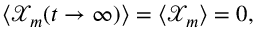
\left< \mathcal { X } _ { m } ( t \to \infty ) \right> = \left< \mathcal { X } _ { m } \right> = 0 ,